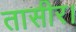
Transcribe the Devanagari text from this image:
तासीर।